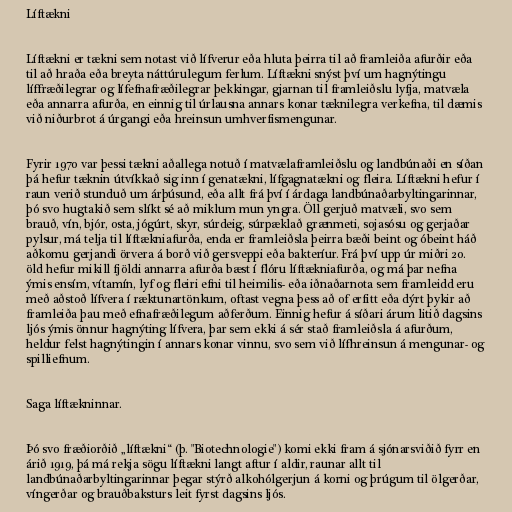
Líftækni

Líftækni er tækni sem notast við lífverur eða hluta þeirra til að framleiða afurðir eða
til að hraða eða breyta náttúrulegum ferlum. Líftækni snýst því um hagnýtingu
líffræðilegrar og lífefnafræðilegrar þekkingar, gjarnan til framleiðslu lyfja, matvæla
eða annarra afurða, en einnig til úrlausna annars konar tæknilegra verkefna, til dæmis
við niðurbrot á úrgangi eða hreinsun umhverfismengunar.

Fyrir 1970 var þessi tækni aðallega notuð í matvælaframleiðslu og landbúnaði en síðan
þá hefur tæknin útvíkkað sig inn í genatækni, lífgagnatækni og fleira. Líftækni hefur í
raun verið stunduð um árþúsund, eða allt frá því í árdaga landbúnaðarbyltingarinnar,
þó svo hugtakið sem slíkt sé að miklum mun yngra. Öll gerjuð matvæli, svo sem
brauð, vín, bjór, osta, jógúrt, skyr, súrdeig, súrpæklað grænmeti, sojasósu og gerjaðar
pylsur, má telja til líftækniafurða, enda er framleiðsla þeirra bæði beint og óbeint háð
aðkomu gerjandi örvera á borð við gersveppi eða bakteríur. Frá því upp úr miðri 20.
öld hefur mikill fjöldi annarra afurða bæst í flóru líftækniafurða, og má þar nefna
ýmis ensím, vítamín, lyf og fleiri efni til heimilis- eða iðnaðarnota sem framleidd eru
með aðstoð lífvera í ræktunartönkum, oftast vegna þess að of erfitt eða dýrt þykir að
framleiða þau með efnafræðilegum aðferðum. Einnig hefur á síðari árum litið dagsins
ljós ýmis önnur hagnýting lífvera, þar sem ekki á sér stað framleiðsla á afurðum,
heldur felst hagnýtingin í annars konar vinnu, svo sem við lífhreinsun á mengunar- og
spilliefnum.

Saga líftækninnar.

Þó svo fræðiorðið „líftækni“ (þ. "Biotechnologie") komi ekki fram á sjónarsviðið fyrr en
árið 1919, þá má rekja sögu líftækni langt aftur í aldir, raunar allt til
landbúnaðarbyltingarinnar þegar stýrð alkohólgerjun á korni og þrúgum til ölgerðar,
víngerðar og brauðbaksturs leit fyrst dagsins ljós.